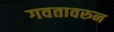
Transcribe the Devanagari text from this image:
गवतावरुन